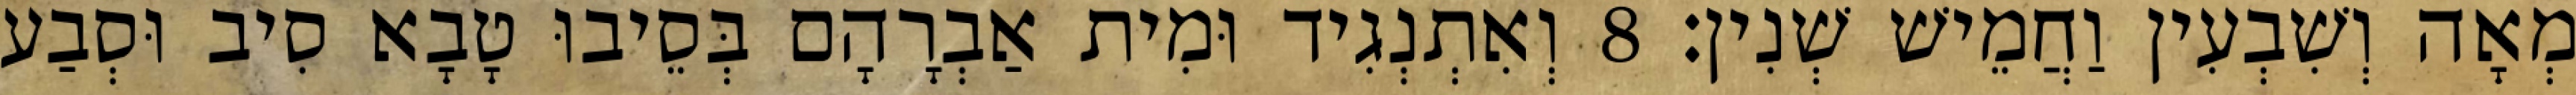
מְאָה וְשִׁבְעִין וַחֲמֵישׁ שְׁנִין׃ 8 וְאִתְנְגִיד וּמִית אַבְרָהָם בְּסֵיבוּ טָבָא סִיב וּסְבַע